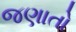
જણાતો